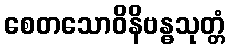
စေတသောဝိနိဗန္ဓသုတ္တံ